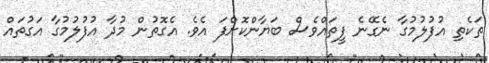
ތަކެތި އުފުލުމުގާ ނެގޭނެ ފީތައްވެސް ބަޔާންކޮށްފަ އެވެ. އެގޮތުން މުދާ އުފުލުމުގާ އަގުތައް